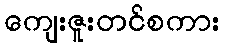
ကျေးဇူးတင်စကား